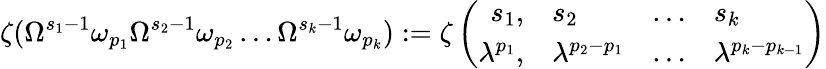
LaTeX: \zeta(\Omega^{s_{1}-1}\omega_{p_{1}}\Omega^{s_{2}-1}\omega_{p_{2}}\ldots\Omega^{s_{k}-1}\omega_{p_{k}}):=\zeta\left(\begin{array}{rlcl}{{s_{1},}}&{{s_{2}}}&{{\ldots}}&{{s_{k}}}\\ {{\lambda^{p_{1}},}}&{{\lambda^{p_{2}-p_{1}}}}&{{\ldots}}&{{\lambda^{p_{k}-p_{k-1}}}}\end{array}\right)